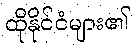
ထိုနိုင်ငံများ၏